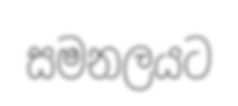
සමනලයට